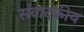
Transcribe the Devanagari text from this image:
संवादकीय